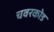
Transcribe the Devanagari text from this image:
चवरकोड